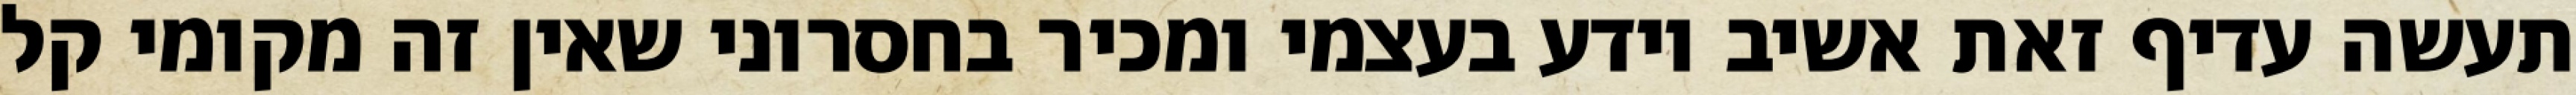
תעשה עדיף זאת אשיב יודע בעצמי ומכיר בחסרוני שאין זה מקומי קל